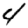
Digit: 4